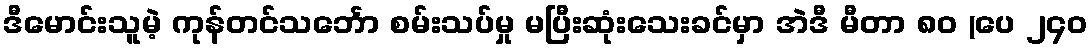
ဒီမောင်းသူမဲ့ ကုန်တင်သင်္ဘော စမ်းသပ်မှု မပြီးဆုံးသေးခင်မှာ အဲဒီ မီတာ ၈၀ (ပေ ၂၄၀